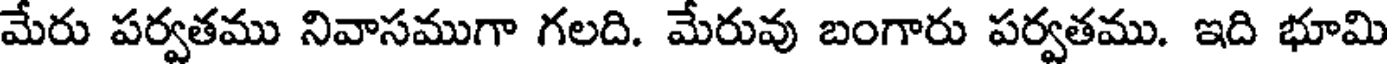
మేరు పర్వతము నివాసముగా గలది. మేరువు బంగారు పర్వతము. ఇది భూమి